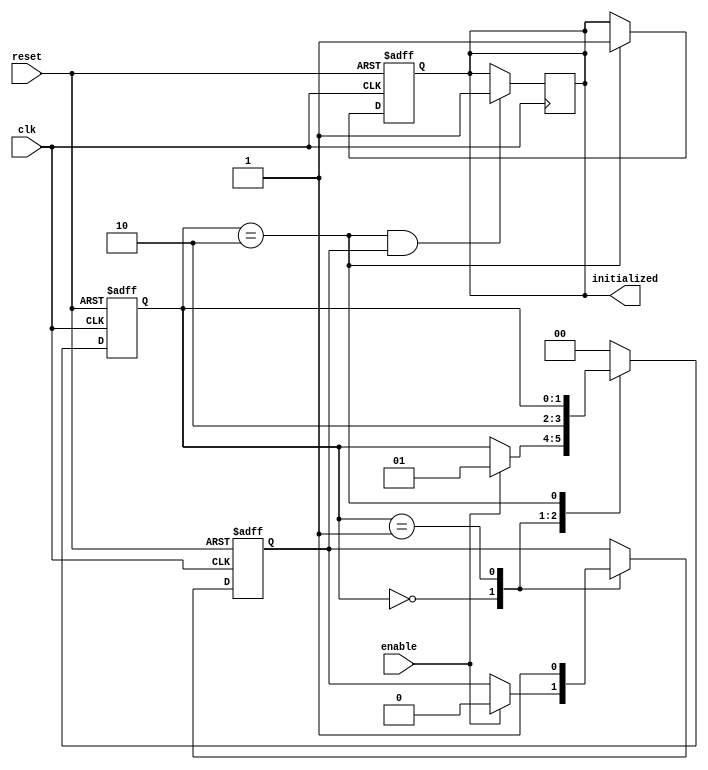
module ClockCycleInitialization (
    input wire clk,        // Clock signal
    input wire reset,      // Active-high reset signal
    input wire enable,     // Control signal for initialization
    output reg initialized // Flag indicating successful initialization
);

    // Internal state variable
    reg [1:0] state; // 00 - RESET, 01 - INIT, 10 - OPERATIONAL

    // Local parameter for state representation
    localparam RESET = 2'b00;
    localparam INIT = 2'b01;
    localparam OPERATIONAL = 2'b10;

    // Initialization complete flag
    reg init_done;

    // State transition logic on clock rising edge
    always @(posedge clk or posedge reset) begin
        if (reset) begin
            // On reset, set state to RESET and initialization flag to low
            state <= RESET;
            initialized <= 1'b0;
            init_done <= 1'b0;
        end else begin
            case (state)
                RESET: begin
                    // If reset is not active, check enable for next state
                    if (enable) begin
                        state <= INIT; // Move to initialization state
                        init_done <= 1'b0;
                    end
                end
                INIT: begin
                    // Perform initialization logic
                    // (Example: Set your registers to default values here)

                    // Transition to operational state after one clock cycle
                    init_done <= 1'b1; // Assume initialization is done in one cycle
                    state <= OPERATIONAL;
                end
                OPERATIONAL: begin
                    // Once operational, keep initialized high
                    initialized <= 1'b1;
                    // Remain in operational state
                end
                default: state <= RESET; // Fallback to reset state
            endcase
        end
    end

    // Output logic
    always @(posedge clk) begin
        // Drive initialized based on initialization completion
        if (state == OPERATIONAL && init_done) begin
            initialized <= 1'b1; // Signal that initialization has completed
        end
    end

endmodule